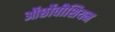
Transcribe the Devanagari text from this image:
ऑर्छोवीशियन